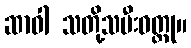
ဆာဝါ သတို့သမီးဝတ္ထု။